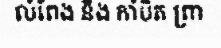
លំពែង និង កាំបិត ព្រា